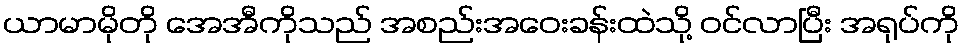
ယာမာမိုတို အေအီကိုသည် အစည်းအဝေးခန်းထဲသို့ ဝင်လာပြီး အရုပ်ကို